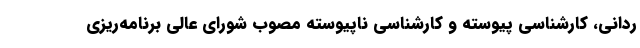
ردانی، کارشناسی پیوسته و کارشناسی ناپیوسته مصوب شورای عالی برنامه‌ریزی